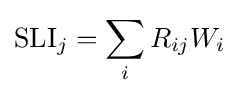
{\mbox{SLI}}_{j}=\sum _{i}R_{ij}W_{i}